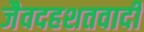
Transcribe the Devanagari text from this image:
जैवदहशतवादी